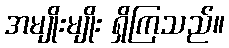
အမျိုးမျိုး ရှိကြသည်။